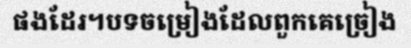
ផងដែរ។បទចម្រៀងដែលពួកគេច្រៀង